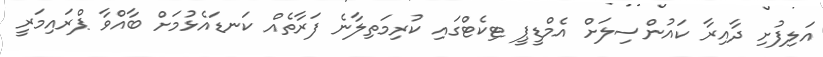
އަލިފުށި ދާއިރާ ކައުންސިލަށް އެމްޑީޕީ ޓިކެޓްގައި ކުރިމަތިލާނެ ފަރާތެއް ކަނޑައެޅުމަށް ބާއްވާ ޕްރައިމަރީ